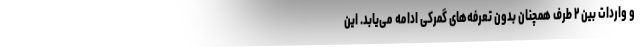
و واردات بین ۲ طرف همچنان بدون تعرفه‌های گمرکی ادامه می‌یابد. این